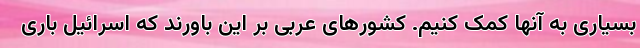
بسیاری به آنها کمک کنیم. کشورهای عربی بر این باورند که اسرائیل باری